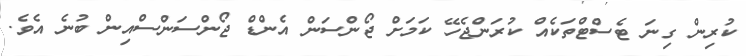
ކުރިން ގިނަ ޓެސްޓްތަކެއް ކުރަންޖެހޭ ކަމަށް ޖޯންސަން އެންޑް ޖޯންސަންސްއިން ބުނެ އެވެ.